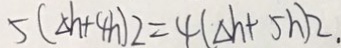
5 ( \Delta h + 4 h ) 2 = 4 ( \Delta h + 5 h ) 2 .